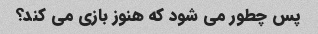
پس چطور می شود که هنوز بازی می کند؟